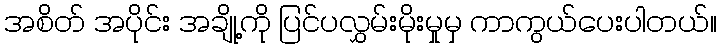
အစိတ် အပိုင်း အချို့ကို ပြင်ပလွှမ်းမိုးမှုမှ ကာကွယ်ပေးပါတယ်။